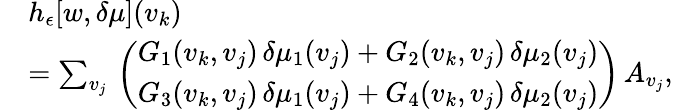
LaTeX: \begin{array}{rl}&{h_{\epsilon}[w,\delta\mu](v_{k})}\\ &{=\sum_{v_{j}}\, \left(\begin{array}{l}{G_{1}(v_{k},v_{j})\, \delta\mu_{1}(v_{j})+G_{2}(v_{k},v_{j})\, \delta\mu_{2}(v_{j})}\\ {G_{3}(v_{k},v_{j})\, \delta\mu_{1}(v_{j})+G_{4}(v_{k},v_{j})\, \delta\mu_{2}(v_{j})}\end{array}\right)\, A_{v_{j}},}\end{array}